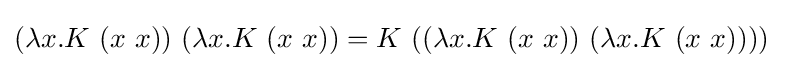
(\lambda x.K\ (x\ x))\ (\lambda x.K\ (x\ x))=K\ ((\lambda x.K\ (x\ x))\ (\lambda x.K\ (x\ x))))\